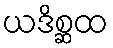
ယဒိစ္ဆထ